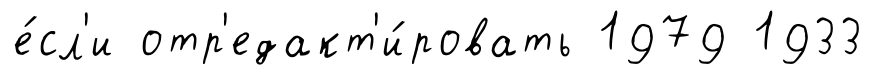
е́сл'и отр'едакт'и́ровать 1979 1933